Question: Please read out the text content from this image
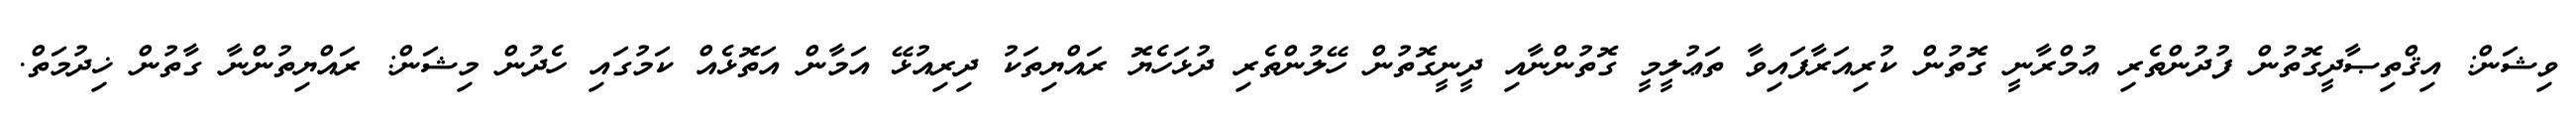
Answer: ވިޝަން: އިޤްތިޞާދީގޮތުން ފުދުންތެރި ޢުމްރާނީ ގޮތުން ކުރިއަރާފައިވާ ތަޢުލީމީ ގޮތުންނާއި ދީނީގޮތުން ހޭލުންތެރި ދުޅަހެޔޮ ރައްޔިތަކު ދިރިއުޅޭ އަމާން އަތޮޅެއް ކަމުގައި ހެދުން މިޝަން: ރައްޔިތުންނާ ގާތުން ޚިދުމަތް.